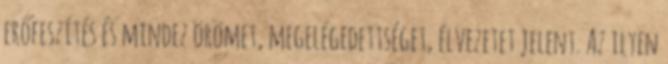
erőfeszítés és mindez örömet, megelégedettséget, élvezetet jelent. Az ilyen